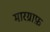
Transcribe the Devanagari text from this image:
मारग्राफ़